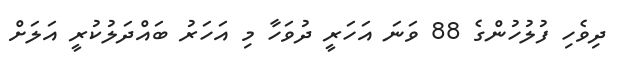
ދިވެހި ފުލުހުންގެ 88 ވަނަ އަހަރީ ދުވަހާ މި އަހަރު ބައްދަލުކުރީ އަލަށް